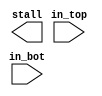
module cross_stall_controller (in_top,in_bot,stall);

input[31:0]in_top,in_bot;
output stall;



endmodule